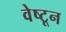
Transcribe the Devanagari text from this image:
वेष्टून